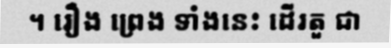
។ រឿង ព្រេង ទាំងនេះ ដើរតួ ជា